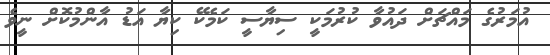
އުމަރުގެ މައްޗަށް ދައުވާ ކުރުމަކީ ސިޔާސީ ކަމެކޭ ކިޔާ އަޑު އާންމުކޮށް ނީވެ